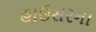
હાઉસરના